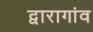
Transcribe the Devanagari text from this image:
द्वारागांव